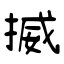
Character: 揻